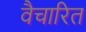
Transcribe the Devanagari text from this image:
वैचारित